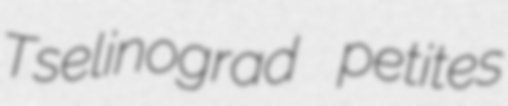
Tselinograd petites